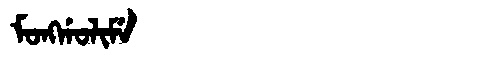
Manchu: ᠮᠣᠩᡤᠣᠯᡳᠮᡝ
Romanization: MONGGOLIME